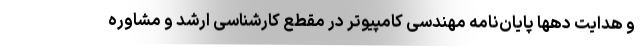
و هدایت دهها پایان‌نامه مهندسی کامپیوتر در مقطع کارشناسی ارشد و مشاوره